Supplement to the account of plague administration in the Bombay Presidency from September 1896 till May 1897
Year: 1896
Disease focus: Plague
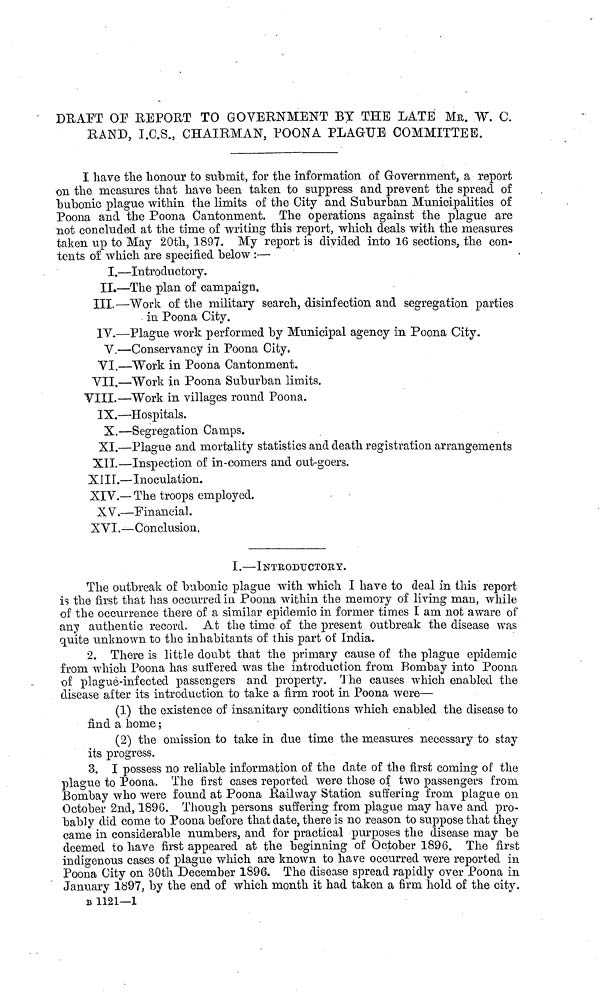
DBAFT OP REPORT TO GOVERNMENT BY THE LATE MR. W. C.
RAND, I.C.S., CHAIRMAN, POONA PLAGUE COMMITTEE.
I have the honour to submit, for the information of Government, a report
On the measures that have been taken to suppress and prevent the spread of
bubonic plague within the limits of the City and Suburban Municipalities of
Poona and the Poona Cantonment. The operations against the plague are
not concluded at the time of writing this report, which deals with the measures
taken up to May 20th, 1897. My report is divided into 16 sections, the con-
tents of which are specified below :—
I.—Introductory.
II.—The plan of campaign.
III. —Work of the military search, disinfection and segregation parties
in Poona City.
IV.—Plague work performed by Municipal agency in Poona City.
V.—Conservancy in Poona City.
VI.—Work in Poona Cantonment,
VII.—Work in Poona Suburban limits.
VIII.—Work in villages round Poona.
IX.—Hospitals.
X.—Segregation Camps.
XI.—Plague and mortality statistics and death registration arrangements
XII.—Inspection of in-coniers and out-goers.
XIII.—Inoculation.
XIV.— The troops employed.
XV.—Financial.
XVI.—Conclusion.
I.—INTRODUCTORY.
The outbreak of bubonic plague with which I have to deal in this report
is the first that has occurred in Poona within the memory of living man, while
of the occurrence there of a similar epidemic in former times I am not aware of
any authentic record. At the time of the present outbreak the disease was
quite unknown to the inhabitants of this part of India.
2. There is little doubt that the primary cause of the plague epidemic
from which Poona has suffered was the introduction from Bombay into Poona
of plague-infected passengers and property. The causes which enabled the
disease after its introduction to take a firm, root in Poona were—
(1) the existence of insanitary conditions which enabled the disease to
find a home ;
(2) the omission to take in due time the measures necessary to stay
its progress.
3. I possess no reliable information of the date of the first coming of the
plague to Poona. The first cases reported were those of two passengers from
Bombay who were found at Poona Railway Station suffering from plague 011
October 2nd, 1896. Though persons suffering from plague may have and pro-
bably did come to Poona before that date, there is no reason to suppose that they
came in considerable numbers, and for practical purposes the disease may be
deemed to have first appeared at the beginning of October 1896. The first
indigenous cases of plague which are known to have occurred were reported in
Poona City on 30th December 1896. The disease spread rapidly over Poona in
January 1897, by the end of which month it had taken a firm hold of the city.
B 1121—1